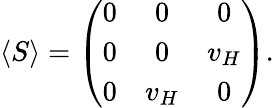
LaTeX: \langle S\rangle=\left(\begin{array}{ccc}{{0}}&{{0}}&{{0}}\\ {{0}}&{{0}}&{{v_{H}}}\\ {{0}}&{{v_{H}}}&{{0}}\end{array}\right).